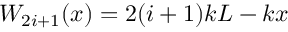
W _ { 2 i + 1 } ( x ) = 2 ( i + 1 ) k L - k x